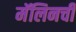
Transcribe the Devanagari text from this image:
मॅलिनची